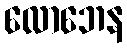
လောဘေန